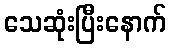
သေဆုံးပြီးနောက်